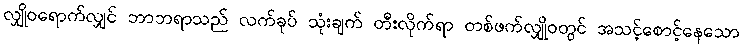
လျှိုဝရောက်လျှင် ဘာဘရာသည် လက်ခုပ် သုံးချက် တီးလိုက်ရာ တစ်ဖက်လျှိုဝတွင် အသင့်စောင့်နေသော